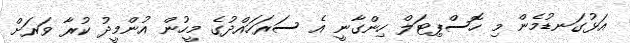
އަޅުގަނޑުމެން މި ހޮސްޕިޓަލް ހިންގާނީ އެ ސަރަހައްދުގެ މީހުން އުންމީދު ކުރާ ވަރަށް